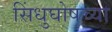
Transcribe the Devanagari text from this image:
सिंधुघोषच्या